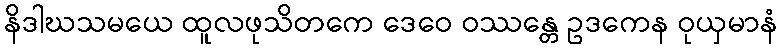
နိဒါဃသမယေ ထူလဖုသိတကေ ဒေဝေ ဝဿန္တေ ဥဒကေန ဝုယှမာနံ